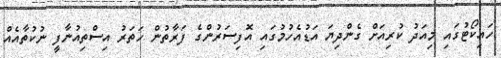
ހައިކޯޓުގައި މިއަދު ކުރިއަށް ގެންދިޔަ އަޑުއެހުމުގައި އޮފިސަރުންގެ ފަރާތުން ހަތަރު އިސްތިއުނާފީ ނުކުތާއެއް